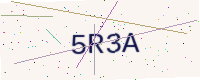
Text: 5R3A